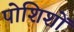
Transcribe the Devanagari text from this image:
पोशिशों